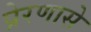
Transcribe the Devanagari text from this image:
प्रेरणासे